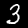
Label: 3